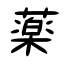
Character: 薬